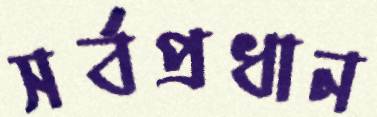
সর্বপ্রধান